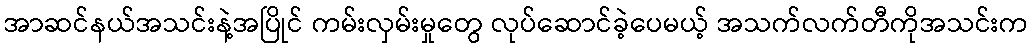
အာဆင်နယ်အသင်းနဲ့အပြိုင် ကမ်းလှမ်းမှုတွေ လုပ်ဆောင်ခဲ့ပေမယ့် အသက်လက်တီကိုအသင်းက